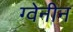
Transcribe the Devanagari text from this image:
ग्वेनीन